Annual administration report of the Civil Veterinary Department of India - 1898-1899
Year: 1898
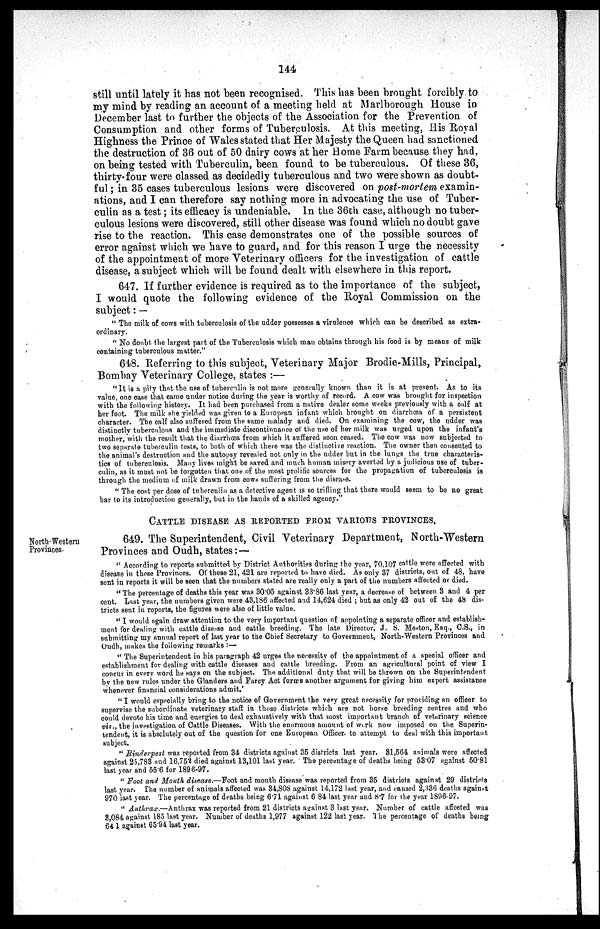
144
still until lately it has not been recognised. This has been brought forcibly to
my mind by reading an account of a meeting held at Marlborough House in
December last to further the objects of the Association for the Prevention of
Consumption and other forms of Tuberculosis. At this meeting, His Royal
Highness the Prince of Wales stated that Her Majesty the Queen had sanctioned
the destruction of 36 out of 50 dairy cows at her Home Farm because they had,
on being tested with Tuberculin, been found to be tuberculous. Of these 36,
thirty-four were classed as decidedly tuberculous and two were shown as doubt-
ful; in 35 cases tuberculous lesions were discovered on post-mortem examin-
ations, and I can therefore say nothing more in advocating the use of Tuber-
culin as a test; its efficacy is undeniable. In the 36th case, although no tuber-
culous lesions were discovered, still other disease was found which no doubt gave
rise to the reaction. This case demonstrates one of the possible sources of
error against which we have to guard, and for this reason I urge the necessity
of the appointment of more Veterinary officers for the investigation of cattle
disease, a subject which will be found dealt with elsewhere in this report.
647. If further evidence is required as to the importance of the subject,
I would quote the following evidence of the Royal Commission on the
subject:—
"The milk of cows with tuberculosis of the udder possesses a virulence which can be described as extra-
ordinary.
"No doubt the largest part of the Tuberculosis which man obtains through his food is by means of milk
containing tuberculous matter."
648. Referring to this subject, Veterinary Major Brodie-Mills, Principal,
Bombay Veterinary College, states:—
"It is a pity that the use of tuberculin is not more generally known than it is at present. As to its
value, one case that came under notice during the year is worthy of record. A cow was brought for inspection
with the following history. It had been purchased from a native dealer some weeks previously with a calf at
her foot. The milk she yielded was given to a European infant which brought on diarrhœa of a persistent
character. The calf also suffered from the same malady and died. On examining the cow, the udder was
distinctly tuberculous and the immediate discontinuance of the use of her milk was urged upon the infant's
mother, with the result that the diarrhœa from which it suffered soon ceased. The cow was now subjected to
two separate tuberculin tests, to both of which there was the distinctive reaction. The owner then consented to
the animal's destruction and the autopsy revealed not only in the udder but in the lungs the true characteris-
tics of tuberculosis. Many lives might be saved and much human misery averted by a judicious use of tuber-
culin, as it must not be forgotten that one of the most prolific sources for the propagation of tuberculosis is
through the medium of milk drawn from cows suffering from the disease.
" The cost per dose of tuberculin as a detective agent is so trifling that there would seem to be no great
bar to its introduction generally, but in the hands of a skilled agency."
CATTLE DISEASE AS REPORTED FROM VARIOUS PROVINCES,
North-Western
Provinces.
649. The Superintendent, Civil Veterinary Department, North-Western
Provinces and Oudh, states: —
" According to reports submitted by District Authorities during the year, 70,107 cattle were affected with
disease in these Provinces. Of these 21, 421 are reported to have died. As only 37 districts, out of 48, have
sent in reports it will be seen that the numbers stated are really only a part of the numbers affected or died.
"The percentage of deaths this year was 30.05 against 33.86 last year, a decrease of between 3 and 4 per
cent. Last year, the numbers given were 43,186 affected and 14,624 died ; but as only 42 out of the 48 dis-
tricts sent in reports, the figures were also of little value.
"I would again draw attention to the very important question of appointing a separate officer and establish-
ment for dealing with cattle disease and cattle breeding. The late Director, J. S. Meston, Esq., C.S., in
submitting my annual report of last year to the Chief Secretary to Government, North-Western Provinces and
Oudh, makes the following remarks:—
"The Superintendent in his paragraph 42 urges the necessity of the appointment of a special officer and
establishment for dealing with cattle diseases and cattle breeding. From an agricultural point of view I
concur in every word he says on the subject. The additional duty that will be thrown on the Superintendent
by the new rules under the Glanders and Farcy Act forms another argument for giving him expert assistance
whenever financial considerations admit.'
"I would especially bring to the notice of Government the very great necessity for providing an officer to
supervise the subordinate veterinary staff in those districts which are not horse breeding centres and who
could devote his time and energies to deal exhaustively with that most important branch of vetarinary science
viz., the investigation of Cattle Diseases. With the enormous amount of work now imposed on the Superin-
tendent, it is absolutely out of the question for one European Officer to attempt to deal with this important
subject.
"Rinderpest was reported from 34 districts against 35 districts last year. 81,564 animals were affected
against 25,783 and 16,752 died against 13,101 last year. The percentage of deaths being 53.07 against 50.81
last year and 55.6 for 1896-97.
"Foot and Mouth disease.—Foot and mouth disease was reported from 35 districts against 29 districts
last year. The number of animals affected was 34,808 against 14,172 last year, and caused 2,336 deaths against
970 last year. The percentage of deaths being 6.71 against 6 84 last year and 8.7 for the year 1896-97.
"Anthrax.—Anthrax
was reported from 21 districts against 3 last year. Number of cattle affected was
3,084 against 185 last year. Number of deaths 1,977 against 122 last year. The percentage of deaths being
64 1 against 65.94 last year.